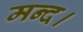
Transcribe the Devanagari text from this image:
मन्द।